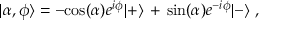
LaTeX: | \alpha , \phi \rangle = - \mathrm { c o s } ( \alpha ) e ^ { i \phi } | + \rangle \, + \, \mathrm { s i n } ( \alpha ) e ^ { - i \phi } | - \rangle \, \, ,